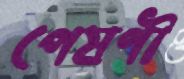
পেষণী